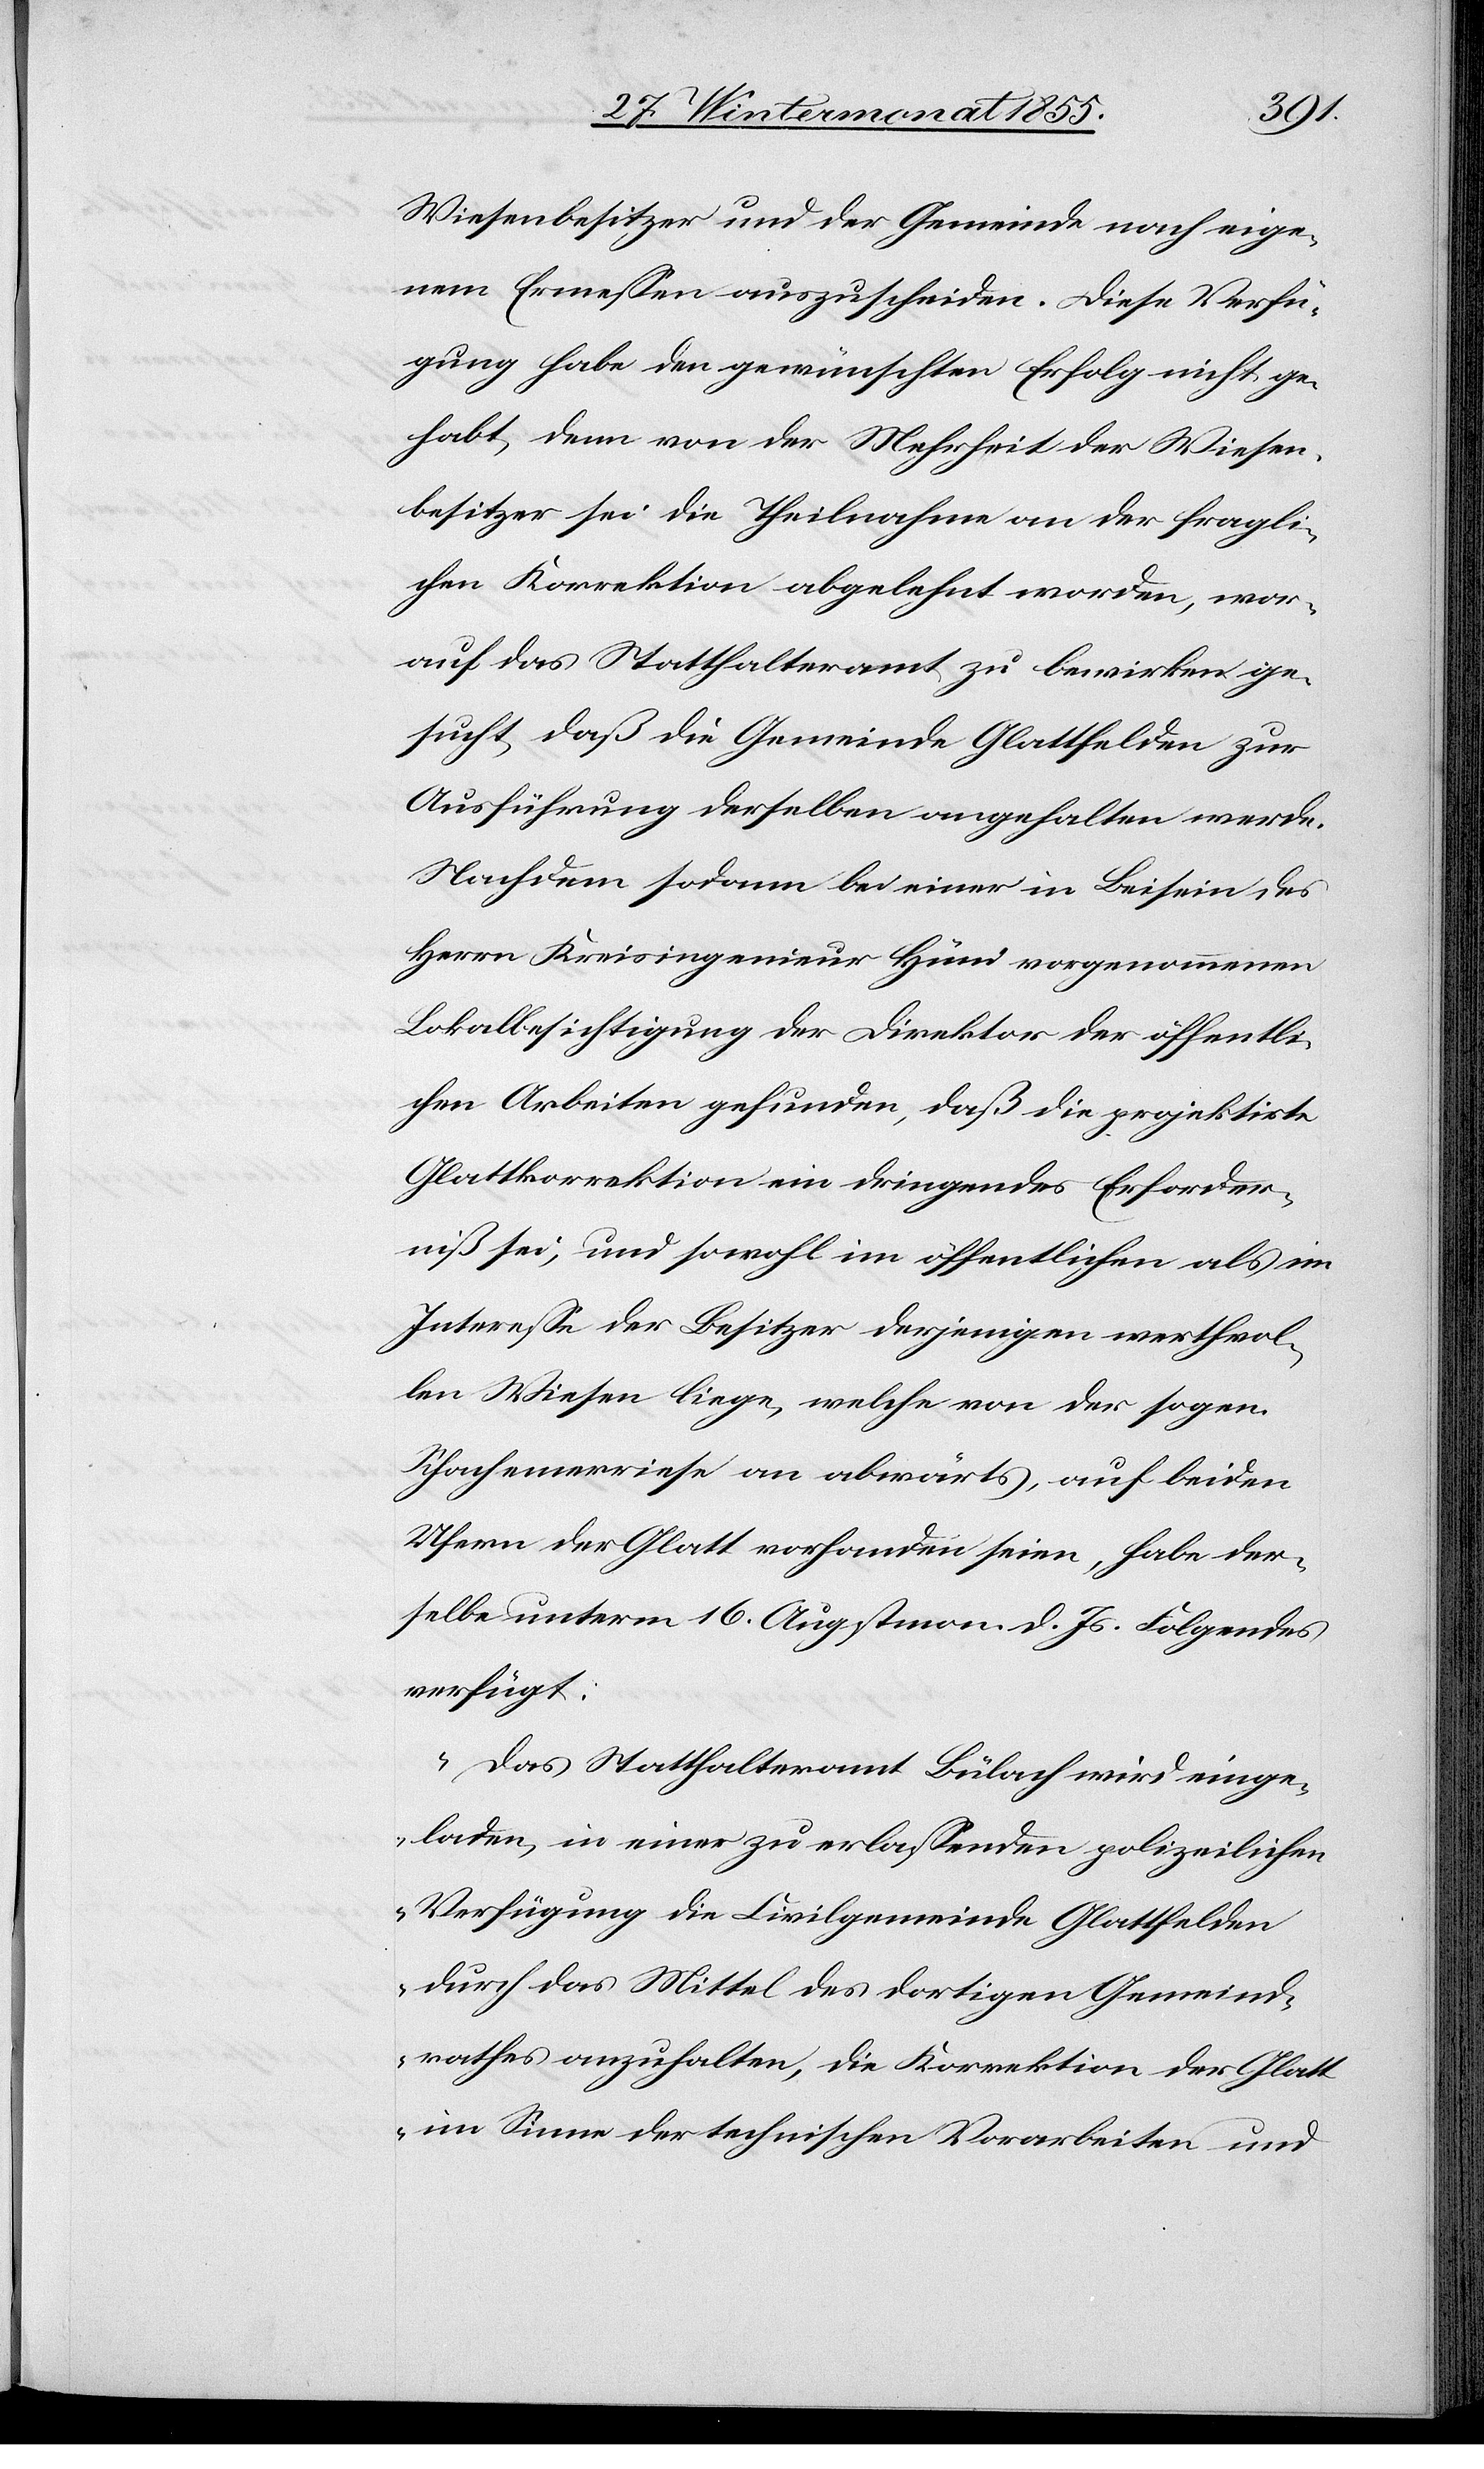
Wiesenbesitzer und der Gemeinde nach eige¬
nem Ermessen auszuscheiden. Diese Verfü¬
gung habe den gewünschten Erfolg nicht ge¬
habt, denn von der Mehrheit der Wiesen¬
besitzer sei die Theilnahme an der fragli¬
chen Korrektion abgelehnt worden, wor¬
auf das Statthalteramt zu bewirken ge¬
sucht, daß die Gemeinde Glattfelden zur
Ausführung derselben angehalten werde.
Nachdem sodann bei einer in Beisein des
Herrn Kreisingenieur Hüni vorgenommenen
Lokalbesichtigung der Direktor der öffentli¬
chen Arbeiten gefunden, daß die projektirte
Glattkorrektion ein dringendes Erforder¬
niß sei, und sowohl im öffentlichen als im
Interesse der Besitzer derjenigen werthvol¬
len Wiesen liege, welche von der sogen.
Schachemerriese an abwärts, auf beiden
Ufern der Glatt vorhanden seien, habe der¬
selbe unterm 16. Augstmon. d. Js. Folgendes
verfügt:
„Das Statthalteramt Bülach wird einge¬
laden, in einer zu erlassenden polizeilichen
Verfügung die Civilgemeinde Glattfelden
durch das Mittel des dortigen Gemeind¬
rathes anzuhalten, die Korrektion der Glatt
im Sinne der technischen Vorarbeiten und